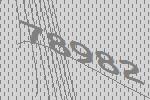
78982